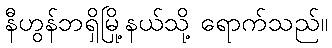
နီဟွန်ဘရှိမြို့နယ်သို့ ရောက်သည်။